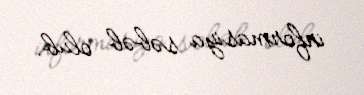
informasiya səbəb olub.